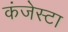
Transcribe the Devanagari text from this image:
कंजेस्टा